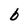
Character: b